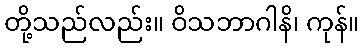
တို့သည်လည်း။ ဝိသဘာဂါနိ၊ ကုန်။